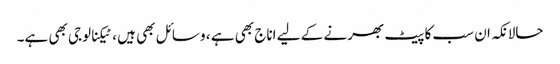
حالانکہ ان سب کا پیٹ بھرنے کے لیے اناج بھی ہے ، وسائل بھی ہیں ، ٹیکنالوجی بھی ہے۔